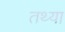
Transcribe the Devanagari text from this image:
तथ्या